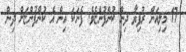
17 މިލިއަން ރުފިޔާ ދިން ކުންފުންޏެވެ. ފެނަކަ އިން އެ ކުންފުންޏަށް ދިން